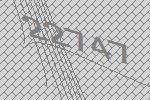
22747